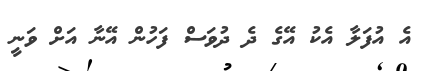
އެ އުފަލާ އެކު އޭގެ ދެ ދުވަސް ފަހުން އޭނާ އަށް ވަނީ